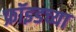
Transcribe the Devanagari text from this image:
फ्रॉइडच्या